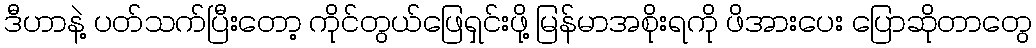
ဒီဟာနဲ့ ပတ်သက်ပြီးတော့ ကိုင်တွယ်ဖြေရှင်းဖို့ မြန်မာအစိုးရကို ဖိအားပေး ပြောဆိုတာတွေ